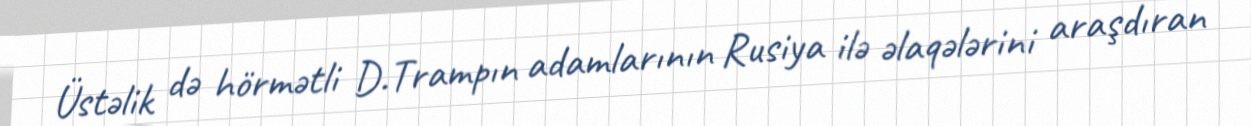
Üstəlik də hörmətli D.Trampın adamlarının Rusiya ilə əlaqələrini araşdıran